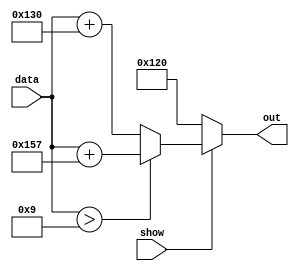
module bin2LCD (out, data, show);
		output [8:0]out;
		input [3:0]data;
		input show;
		reg [8:0]out;
		
		always @ (*)
		begin
			if (show == 1'b0)
				out = 9'h120;
			else if ( data > 4'd9)
				out = data + 9'h157;
			else
				out = data + 9'h130;
		end
endmodule